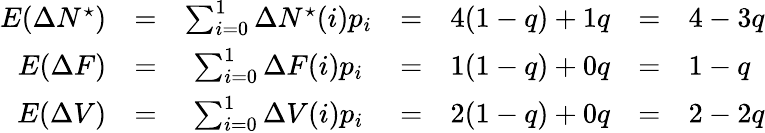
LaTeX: \begin{array}{rcccccl}{E(\Delta N^{\star})}&{=}&{\sum_{i=0}^{1}\Delta N^{\star}(i)p_{i}}&{=}&{4(1-q)+1q}&{=}&{4-3q}\\ {E(\Delta F)}&{=}&{\sum_{i=0}^{1}\Delta F(i)p_{i}}&{=}&{1(1-q)+0q}&{=}&{1-q}\\ {E(\Delta V)}&{=}&{\sum_{i=0}^{1}\Delta V(i)p_{i}}&{=}&{2(1-q)+0q}&{=}&{2-2q}\end{array}